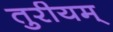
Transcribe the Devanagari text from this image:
तुरीयम्‌